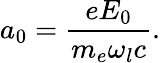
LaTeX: a_{0}=\frac{eE_{0}}{m_{e}\omega_{l}c}.